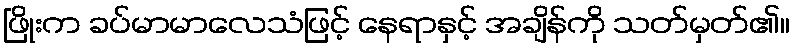
ဖြိုးက ခပ်မာမာလေသံဖြင့် နေရာနှင့် အချိန်ကို သတ်မှတ်၏။